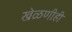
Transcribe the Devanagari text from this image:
खेळणीही